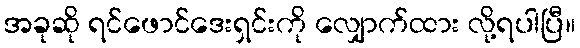
အခုဆို ရင်ဖောင်ဒေးရှင်းကို လျှောက်ထား လို့ရပါပြီ။